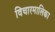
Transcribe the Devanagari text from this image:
विचारमालिका